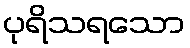
ပုရိသရသော